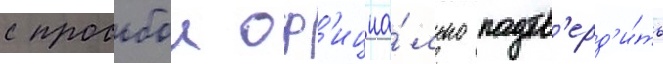
с просьбои оф'ициа́льно подтв'ерд'и́ть